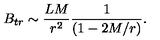
B _ { t r } \sim \frac { L M } { r ^ { 2 } } \frac { 1 } { ( 1 - 2 M / r ) } .